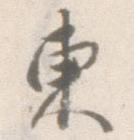
東